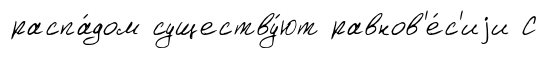
распа́дом существу́ют равнов'е́с'иjи С